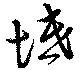
坻